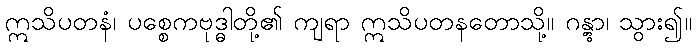
ဣသိပတနံ၊ ပစ္စေကဗုဒ္ဓါတို့၏ ကျရာ ဣသိပတနတောသို့။ ဂန္တွာ၊ သွား၍။